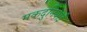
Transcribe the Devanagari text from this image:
मकदुनियाई